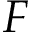
F